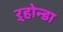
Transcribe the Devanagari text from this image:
ऱ्होन्डा